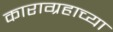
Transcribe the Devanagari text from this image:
काराग्रहाच्या